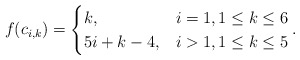
\begin{align*}f(c_{i,k}) &=\begin{cases}k, & i=1, 1 \leq k \leq 6\\ 5i+k-4, & i>1, 1 \leq k \leq 5 \end{cases}.\end{align*}